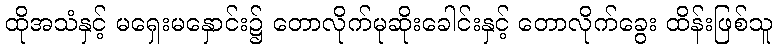
ထိုအသံနှင့် မရှေးမနှောင်း၌ တောလိုက်မုဆိုးခေါင်းနှင့် တောလိုက်ခွေး ထိန်းဖြစ်သူ